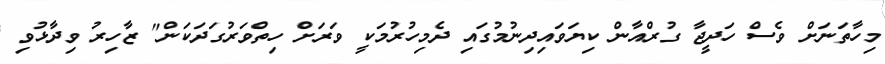
މިހާތަނަށް ވެސް ހަދީޖާ ގުރްއާން ކިޔަވައިދިނުމުގައި ދެމިހުރުމަކީ ވަރަށް ހިތްވަރުގަދަކަން" ޒާހިރު ވިދާޅުވި